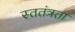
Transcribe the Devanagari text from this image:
स्ततंत्रता